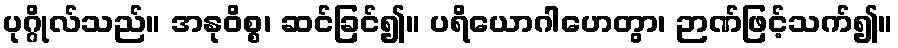
ပုဂ္ဂိုလ်သည်။ အနုဝိစ္စ၊ ဆင်ခြင်၍။ ပရိယောဂါဟေတွာ၊ ဉာဏ်ဖြင့်သက်၍။